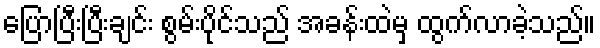
ပြောပြီးပြီးချင်း စွမ်းပိုင်သည် အခန်းထဲမှ ထွက်လာခဲ့သည်။